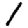
Digit: 1